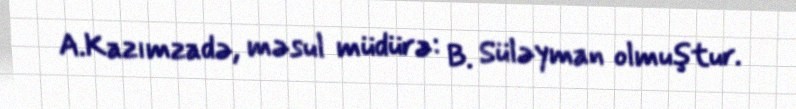
A.Kazımzadə, məsul müdürə: B. Süləyman olmuştur.